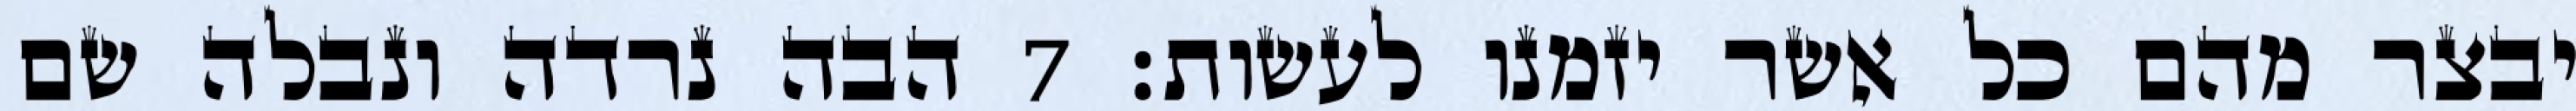
יבצר מהם כל אשר יזמנו לעשות׃ ‎7‏ הבה נרדה ונבלה שם